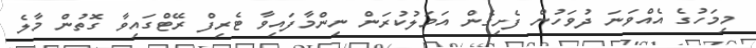
މިމަހުގެ އެއްވަނަ ދުވަހުން ފެށިގެން އަމަލުކުރަން ނިންމާފައިވާ ޓެރިފް ރޭޓްގައިވާ ގޮތުން މާލެ